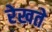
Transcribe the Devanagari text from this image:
रेखते